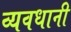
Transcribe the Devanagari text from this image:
व्यवधानी